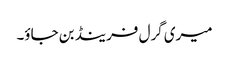
میری گرل فرینڈ بن جاؤ۔